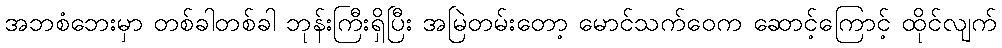
အဘစံဘေးမှာ တစ်ခါတစ်ခါ ဘုန်းကြီးရှိပြီး အမြဲတမ်းတော့ မောင်သက်ဝေက ဆောင့်ကြောင့် ထိုင်လျက်